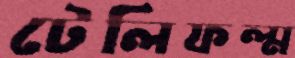
টেলিফল্ম